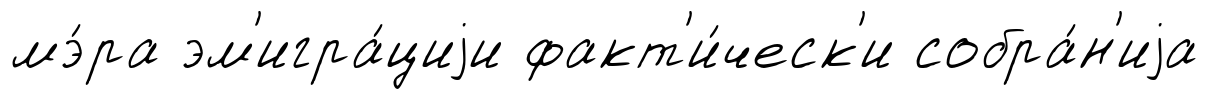
мэ́ра эм'игра́циjи факт'и́ческ'и собра́н'иjа